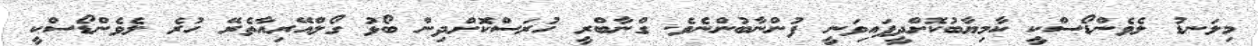
މިލަނޑު ލެވެންޑޯސްކީ ކާމިޔާބުކޮށްދީފައިވަނީ ފުންނާބުންނެވެ. ގްނާބްރީ ހުރަސްކޮށްދިން ބޯޅު ގޯލްއޭރިއާތެރޭ ހުރެ ލެވެންޑޯސްކީ